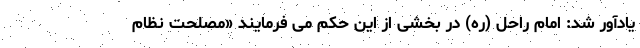
یادآور شد: امام راحل (ره) در بخشی از این حکم می فرمایند «مصلحت نظام